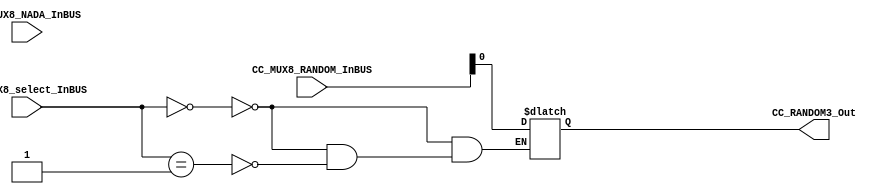
/*######################################################################
//#	G0B1T: HDL EXAMPLES. 2018.
//######################################################################
//# Copyright (C) 2018. F.E.Segura-Quijano (FES) fsegura@uniandes.edu.co
//# 
//# This program is free software: you can redistribute it and/or modify
//# it under the terms of the GNU General Public License as published by
//# the Free Software Foundation, version 3 of the License.
//#
//# This program is distributed in the hope that it will be useful,
//# but WITHOUT ANY WARRANTY; without even the implied warranty of
//# MERCHANTABILITY or FITNESS FOR A PARTICULAR PURPOSE.  See the
//# GNU General Public License for more details.
//#
//# You should have received a copy of the GNU General Public License
//# along with this program.  If not, see <http://www.gnu.org/licenses/>
//####################################################################*/
///Q=======================================================
//  MODULE Definition
//=======================================================
module CC_MUX8 #(parameter MUX8_SELECTWIDTH=2,parameter MUX8_NADAWIDTH=8, parameter MUX8_RANDOMWIDTH=8)(
//////////// OUTPUTS //////////
	CC_RANDOM3_Out,
//////////// INPUTS //////////
	CC_MUX8_select_InBUS,
	CC_MUX8_NADA_InBUS,
	CC_MUX8_RANDOM_InBUS
);
//=======================================================
//  PARAMETER declarations
//=======================================================

//=======================================================
//  PORT declarations
//=======================================================
output	reg CC_RANDOM3_Out;
input 	[MUX8_SELECTWIDTH-1:0] CC_MUX8_select_InBUS;
input 	[MUX8_NADAWIDTH-1:0] CC_MUX8_NADA_InBUS;
input 	[MUX8_RANDOMWIDTH-1:0] CC_MUX8_RANDOM_InBUS;
//=======================================================Q/
///A=======================================================
//  REG/WIRE declarations
//=======================================================

//=======================================================
//  Structural coding
//=======================================================
always @(CC_MUX8_NADA_InBUS or CC_MUX8_RANDOM_InBUS or CC_MUX8_select_InBUS)
begin
   if( CC_MUX8_select_InBUS == 0)
      CC_RANDOM3_Out = CC_MUX8_RANDOM_InBUS;
   else if( CC_MUX8_select_InBUS == 1)
      CC_RANDOM3_Out = CC_MUX8_RANDOM_InBUS;
end

endmodule